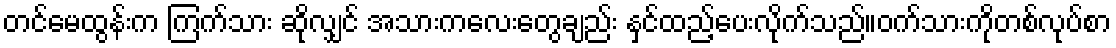
တင်မေထွန်းက ကြက်သား ဆိုလျှင် အသားကလေးတွေချည်း နှင်ထည့်ပေးလိုက်သည်။ဝက်သားကိုတစ်လုပ်စာ